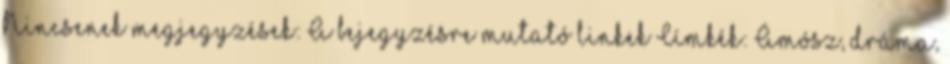
Nincsenek megjegyzések: A bejegyzésre mutató linkek Címkék: Ámósz, dráma,